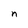
Character: n